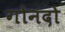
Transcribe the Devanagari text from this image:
गोनदो